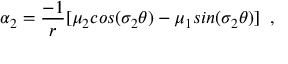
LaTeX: \alpha _ { 2 } = \frac { - 1 } { r } [ \mu _ { 2 } c o s ( \sigma _ { 2 } \theta ) - \mu _ { 1 } s i n ( \sigma _ { 2 } \theta ) ] \; \; ,